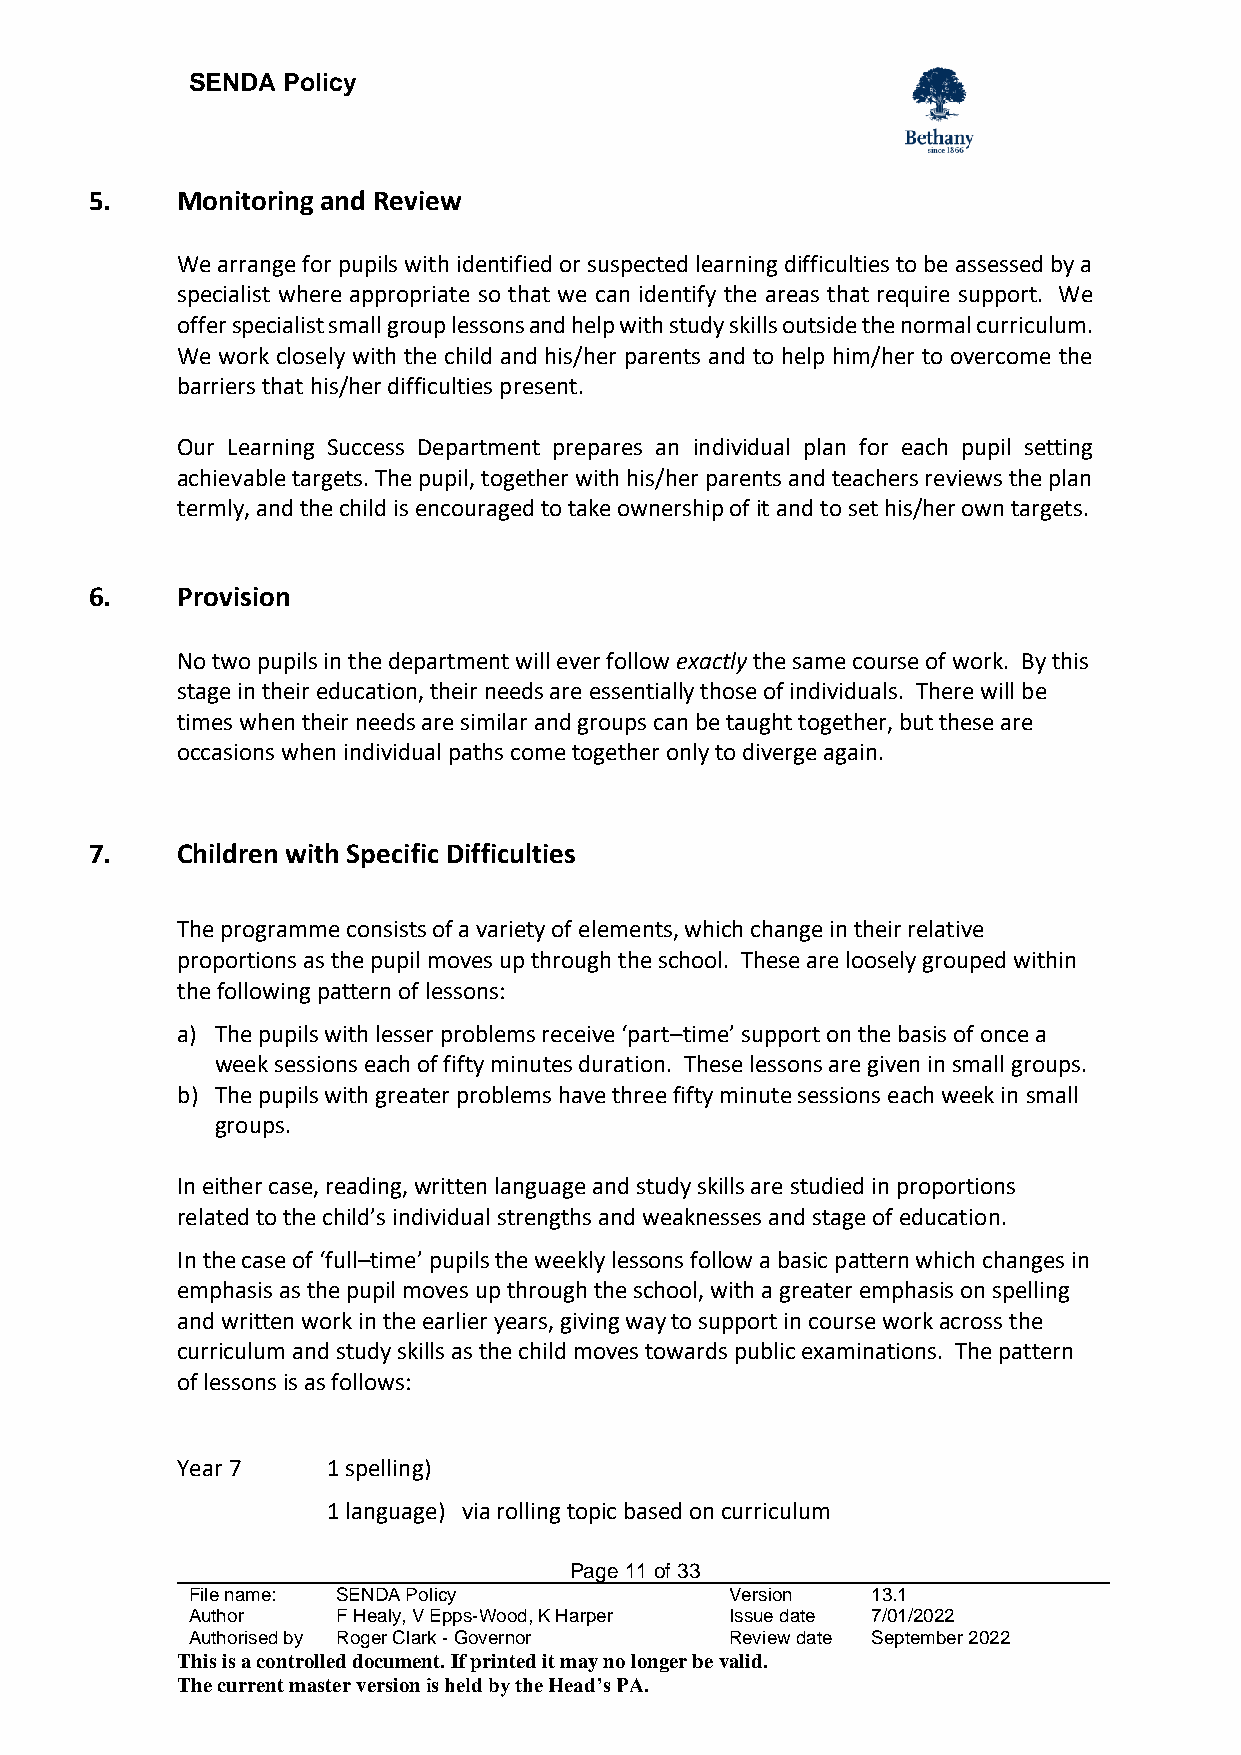
SENDA  Policy
 5.    Monitoring and Review
 We arrange for pupils with identified or suspected learning difficulties to be assessed by a
 specialist where appropriate so that we can identify the areas that require support. We
 offer specialist small group lessons and help with study skills outside the normal curriculum.
 We work closely with the child and his/her parents and to help him/her to overcome the
 barriers that his/her difficulties present.
 Our Learning Success Department prepares an individual plan for each pupil setting
 achievable targets. The pupil, together with his/her parents and teachers reviews the plan
 termly, and the child is encouraged to take ownership of it and to set his/her own targets.
 6.    Provision
 No two pupils in the department will ever follow exactly the same course of work. By this
 stage in their education, their needs are essentially those of individuals. There will be
 times when their needs are similar and groups can be taught together, but these are
 occasions when individual paths come together only to diverge again.
 7.    Children with Specific Difficulties
 The programme consists of a variety of elements, which change in their relative
 proportions as the pupil moves up through the school. These are loosely grouped within
 the following pattern of lessons:
 a) The pupils with lesser problems receive ‘part–time’ support on the basis of once a
 week sessions each of fifty minutes duration. These lessons are given in small groups.
 b) The pupils with greater problems have three fifty minute sessions each week in small
 groups.
 In either case, reading, written language and study skills are studied in proportions
 related to the child’s individual strengths and weaknesses and stage of education.
 In the case of ‘full–time’ pupils the weekly lessons follow a basic pattern which changes in
 emphasis as the pupil moves up through the school, with a greater emphasis on spelling
 and written work in the earlier years, giving way to support in course work across the
 curriculum and study skills as the child moves towards public examinations. The pattern
 of lessons is as follows:
 Year 7    1 spelling)
 1 language) via rolling topic based on curriculum
 Page 11 of 33
 File name: SENDA Policy             Version   13.1
 Author    F Healy, V Epps-Wood, K Harper Issue date 7/01/2022
 Authorised by Roger Clark - Governor Review date September 2022
 This is a controlled document. If printed it may no longer be valid.
 The current master version is held by the Head’s PA.